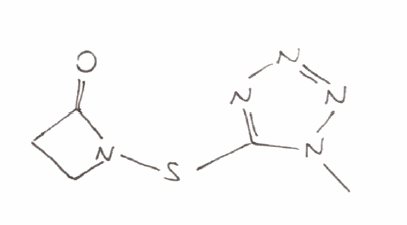
Simplified molecular-input line-entry system (SMILES) notation of the given molecule:
CN1C(=NN=N1)SN2CCC2=O